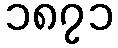
၁၈၇၁